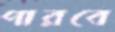
পারবে